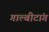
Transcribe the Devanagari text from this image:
गाल्बीटांग